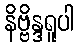
နိဗ္ဗိန္ဒရူပါ